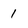
Character: 1